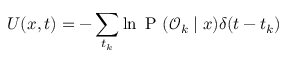
U ( x , t ) = - \sum _ { t _ { k } } \ln \mathrm { ~ P ~ } ( \mathcal { O } _ { k } \mid x ) \delta ( t - t _ { k } )